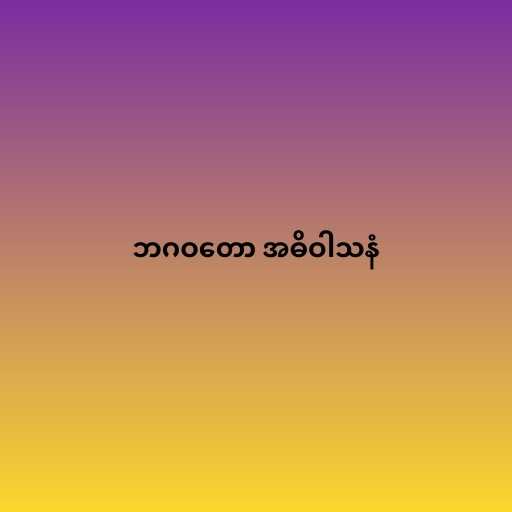
ဘဂဝတော အဓိဝါသနံ